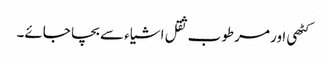
کٹھی اور مرطوب ثقل اشیاء سے بچا جائے۔